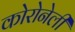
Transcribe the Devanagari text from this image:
कोरोनेली